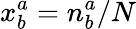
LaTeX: x_{b}^{a}=n_{b}^{a}/N